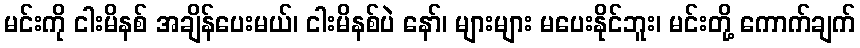
မင်းကို ငါးမိနစ် အချိန်ပေးမယ်၊ ငါးမိနစ်ပဲ နော်၊ များများ မပေးနိုင်ဘူး၊ မင်းတို့ ကောက်ချက်